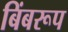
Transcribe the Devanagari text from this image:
बिंबरूप